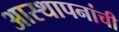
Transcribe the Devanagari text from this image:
आस्थापनांची